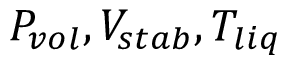
P _ { v o l } , V _ { s t a b } , T _ { l i q }